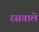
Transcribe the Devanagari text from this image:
रसवाले